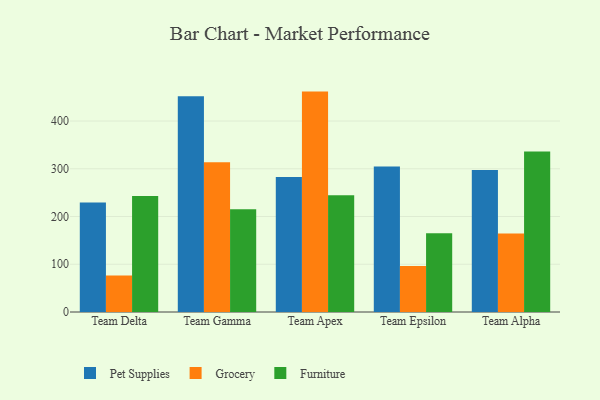
{"axis": {"x": "Team", "y": "Headcount"}, "legend": ["Furniture", "Grocery", "Pet Supplies"], "data": [{"x": "Team Delta", "y": 229.2, "type": "Pet Supplies"}, {"x": "Team Delta", "y": 76.5, "type": "Grocery"}, {"x": "Team Delta", "y": 243.1, "type": "Furniture"}, {"x": "Team Gamma", "y": 451.7, "type": "Pet Supplies"}, {"x": "Team Gamma", "y": 313.5, "type": "Grocery"}, {"x": "Team Gamma", "y": 215.1, "type": "Furniture"}, {"x": "Team Apex", "y": 282.7, "type": "Pet Supplies"}, {"x": "Team Apex", "y": 461.6, "type": "Grocery"}, {"x": "Team Apex", "y": 244.7, "type": "Furniture"}, {"x": "Team Epsilon", "y": 304.9, "type": "Pet Supplies"}, {"x": "Team Epsilon", "y": 96.1, "type": "Grocery"}, {"x": "Team Epsilon", "y": 164.8, "type": "Furniture"}, {"x": "Team Alpha", "y": 297.4, "type": "Pet Supplies"}, {"x": "Team Alpha", "y": 164.5, "type": "Grocery"}, {"x": "Team Alpha", "y": 336.3, "type": "Furniture"}]}